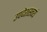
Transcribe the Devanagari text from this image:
उपदेशस्त्वयं